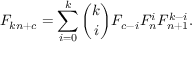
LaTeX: F _ { k n + c } = \sum _ { i = 0 } ^ { k } { \binom { k } { i } } F _ { c - i } F _ { n } ^ { i } F _ { n + 1 } ^ { k - i } .